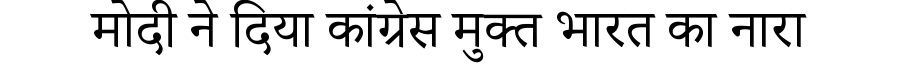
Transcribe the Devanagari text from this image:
मोदी ने दिया कांग्रेस मुक्त भारत का नारा